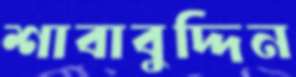
শাবাবুদ্দিন